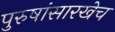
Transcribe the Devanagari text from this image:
पुरुषांसारखेच